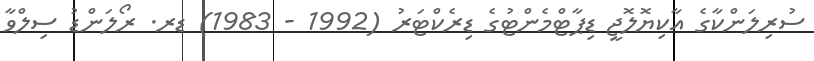
ސުރިލަންކާގެ އާކިޔޮލޮޖީ ޑިޕާޓްމެންޓުގެ ޑިރެކްޓަރު (1992 - 1983) ޑރ. ރޯލަންޑު ސިލްވާ